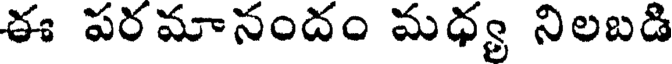
ఈ పరమానందం మధ్య నిలబడి